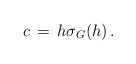
\begin{align*}c \,=\, h \sigma_G(h)\, .\end{align*}